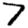
Digit: 7